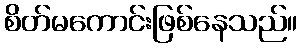
စိတ်မကောင်းဖြစ်နေသည်။